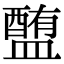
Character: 𥂹